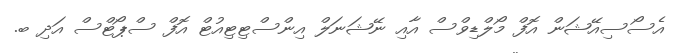
އެސޯސިއޭޝަން އޮފް މޯލްޑިވްސް އާއި ނޭޝަނަލް އިންސްޓިޓިއުޓް އޮފް ސްޕޯޓްސް އަދި ބ.